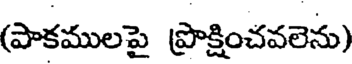
(పాకములపై ప్రాక్షించవలెను)